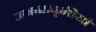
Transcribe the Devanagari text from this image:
उभाराकृतियां